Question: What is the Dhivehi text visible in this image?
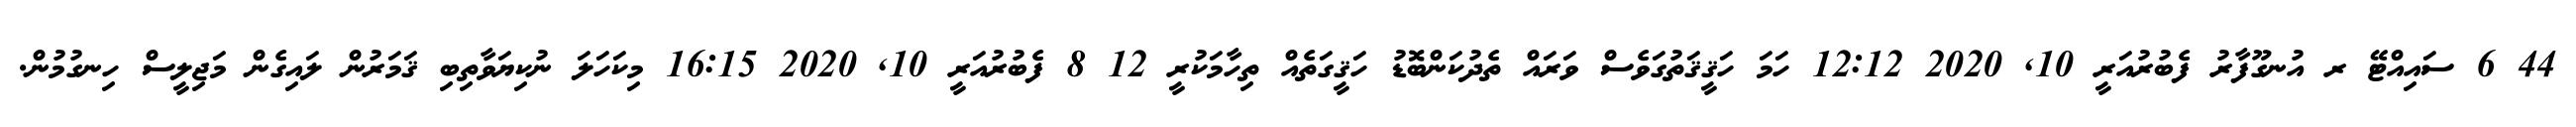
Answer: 44 6 ސައިއްޓޭ ރ އުނގޫފާރު ފެބުރުއަރީ 10, 2020 12:12 ހަމަ ހަޤީޤަތުގަވެސް ވަރައް ތެދުކަންބޮޑު ހަޤީގަތެއް ތިހާމަކުރީ 12 8 ފެބުރުއަރީ 10, 2020 16:15 މިކަހަލަ ނުކިޔަވާތިބި ޤަމަރުން ލައިގެން މަޖިލީސް ހިނގުމުން.